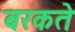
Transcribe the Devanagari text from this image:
बरकते